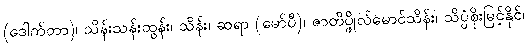
(ဒေါက်တာ)၊ သိန်းသန်းထွန်း၊ သိန်း၊ ဆရာ (မော်ပီ)၊ ဇာတိပ္ဖိုလ်မောင်သိန်း၊ သိပ္ပံစိုးမြင့်နိုင်၊